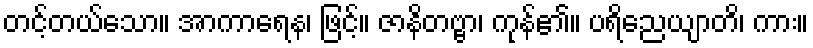
တင့်တယ်သော။ အာကာရေန၊ ဖြင့်။ ဇာနိတဗ္ဗာ၊ ကုန်၏။ ပရိညေယျာတိ၊ ကား။